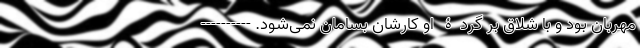
مهربان بود و با شلاق بر گردۀ او کارشان بسامان نمی‌شود. ----------